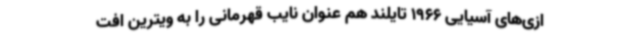
ازی‌های آسیایی 1966 تایلند هم عنوان نایب قهرمانی را به ویترین افت